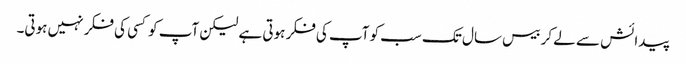
پیدائش سے لے کر بیس سال تک سب کو آپ کی فکر ہوتی ہے لیکن آپ کو کسی کی فکر نہیں ہوتی۔